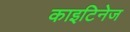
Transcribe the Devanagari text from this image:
काइटिनेज